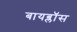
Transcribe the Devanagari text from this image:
बायब्लॉस